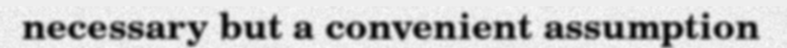
necessary but a convenient assumption